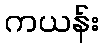
ကယန်း